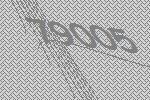
79005